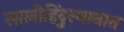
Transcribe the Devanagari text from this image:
सालीहिंदुस्थानात